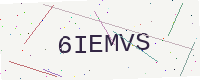
Text: 6IEMVS